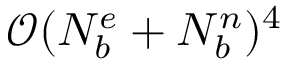
\mathcal { O } ( N _ { b } ^ { e } + N _ { b } ^ { n } ) ^ { 4 }